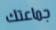
جماعتك